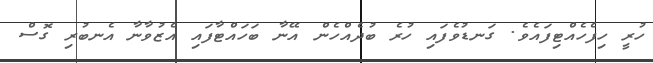
ހުރީ ހިފެހެއްޓިފައެވެ. ގަނޑުވެފައި ހުރެ ބުދެއްހެން އޭނާ ބަހައްޓާފައި އެޒުވާނާ އެނބުރި ގޮސް